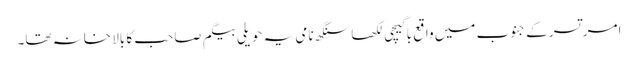
امرتسر کے جنوب میں واقع باگیچی لکھا سنگھ نامی یہ حویلی بیگم صاحب کا بالا خانہ تھا۔